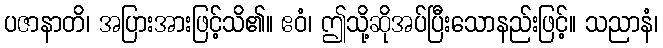
ပဇာနာတိ၊ အပြားအားဖြင့်သိ၏။ ဧဝံ၊ ဤသို့ဆိုအပ်ပြီးသောနည်းဖြင့်။ သညာနံ၊